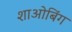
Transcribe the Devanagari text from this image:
शाओबिंग